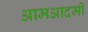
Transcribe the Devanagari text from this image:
आमआदमी